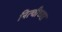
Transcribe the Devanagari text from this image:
नित्चीच्या